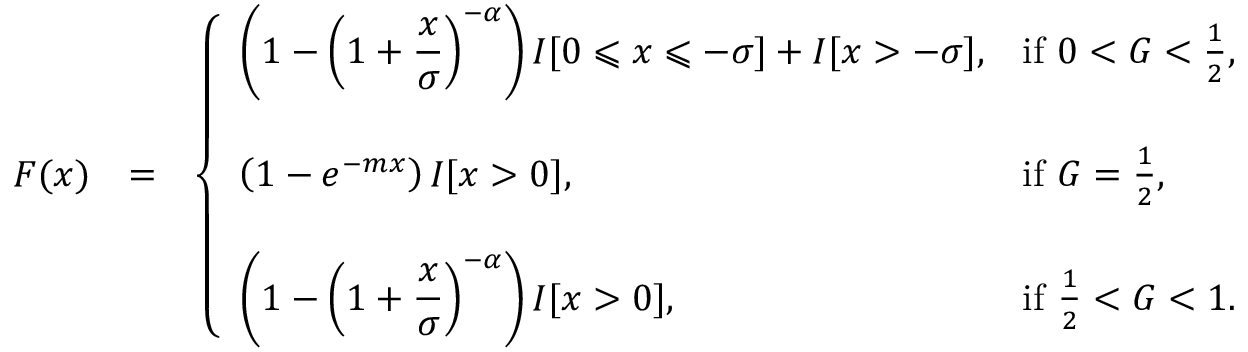
\begin{array} { r l r } { F ( x ) } & { = } & { \left\{ \begin{array} { l l } { \displaystyle \left( 1 - \left( 1 + \frac { x } { \sigma } \right) ^ { - \alpha } \right) I [ 0 \leqslant x \leqslant - \sigma ] + I [ x > - \sigma ] , } & { \mathrm { i f ~ } 0 < G < \frac { 1 } { 2 } , } \\ { \quad } \\ { \displaystyle \left( 1 - e ^ { - m x } \right) I [ x > 0 ] , } & { \mathrm { i f ~ } G = \frac { 1 } { 2 } , } \\ { \quad } \\ { \displaystyle \left( 1 - \left( 1 + \frac { x } { \sigma } \right) ^ { - \alpha } \right) I [ x > 0 ] , } & { \mathrm { i f ~ } \frac { 1 } { 2 } < G < 1 . } \end{array} \right. } \end{array}